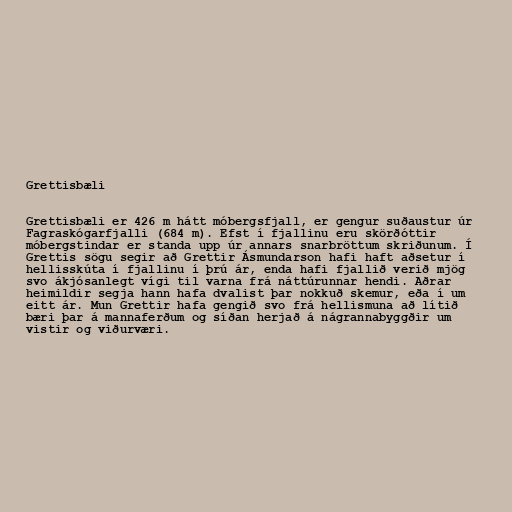
Grettisbæli

Grettisbæli er 426 m hátt móbergsfjall, er gengur suðaustur úr
Fagraskógarfjalli (684 m). Efst í fjallinu eru skörðóttir
móbergstindar er standa upp úr annars snarbröttum skriðunum. Í
Grettis sögu segir að Grettir Ásmundarson hafi haft aðsetur í
hellisskúta í fjallinu í þrú ár, enda hafi fjallið verið mjög
svo ákjósanlegt vígi til varna frá náttúrunnar hendi. Aðrar
heimildir segja hann hafa dvalist þar nokkuð skemur, eða í um
eitt ár. Mun Grettir hafa gengið svo frá hellismuna að lítið
bæri þar á mannaferðum og síðan herjað á nágrannabyggðir um
vistir og viðurværi.